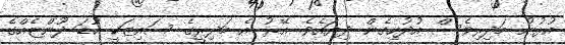
އުޅުނު މަދިރިވެސް އުދުހިގެން ދިޔައެވެ. އޭރު އެ މަދިރީގެ ސައިޒަކީ ކުޑަ ދޫންޏެއްގެ